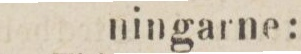
ningarne: